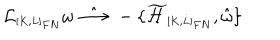
{ \cal L } _ { \scriptscriptstyle [ K , L ] _ { F N } } \omega \; \hat { \longrightarrow } \; - \{ \widetilde { \cal H } _ { \scriptscriptstyle [ K , L ] _ { F N } } , \hat { \omega } \}